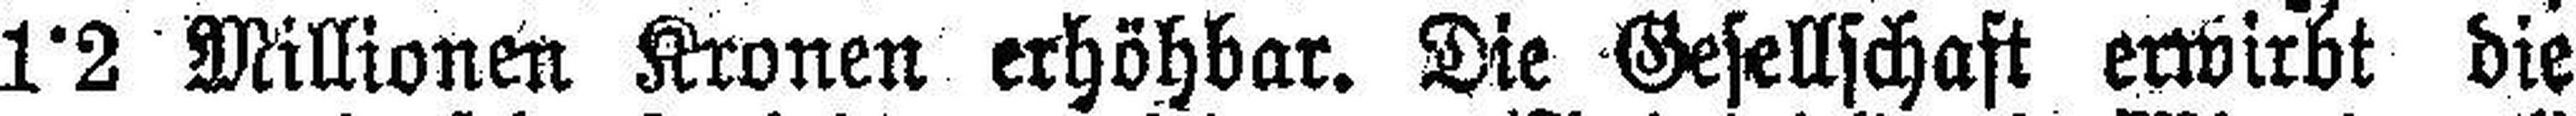
1°2 Millionen Kronen erhöhbar. Die Gesellschaft erwirbt die